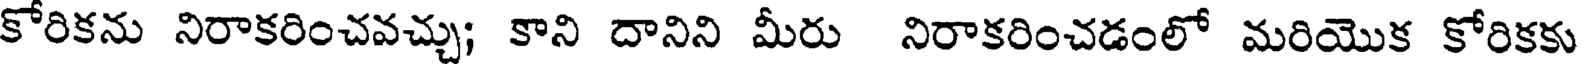
కోరికను నిరాకరించవచ్చు; కాని దానిని మీరు నిరాకరించడంలో మరియొక కోరికకు